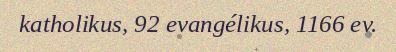
katholikus, 92 evangélikus, 1166 ev.